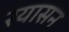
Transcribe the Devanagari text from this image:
रयासन